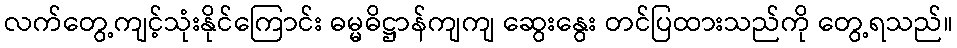
လက်တွေ့ကျင့်သုံးနိုင်ကြောင်း ဓမ္မဓိဋ္ဌာန်ကျကျ ဆွေးနွေး တင်ပြထားသည်ကို တွေ့ရသည်။